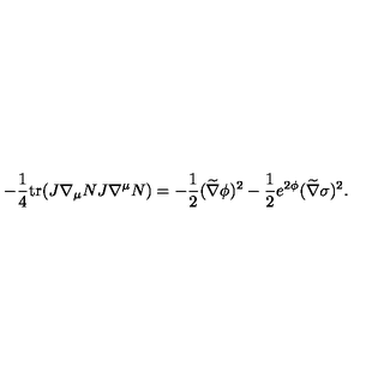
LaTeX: - { \frac { 1 } { 4 } } \mathrm { t r } ( J \nabla _ { \mu } N J \nabla ^ { \mu } N ) = - { \frac { 1 } { 2 } } ( \widetilde \nabla \phi ) ^ { 2 } - { \frac { 1 } { 2 } } e ^ { 2 \phi } ( \widetilde \nabla \sigma ) ^ { 2 } .